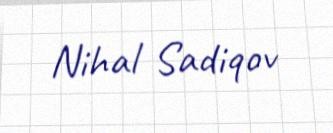
Nihal Sadiqov